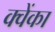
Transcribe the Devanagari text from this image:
क्वेंका